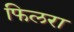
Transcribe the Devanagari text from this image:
फिलरा